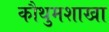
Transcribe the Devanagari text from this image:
कौथुमशाखा